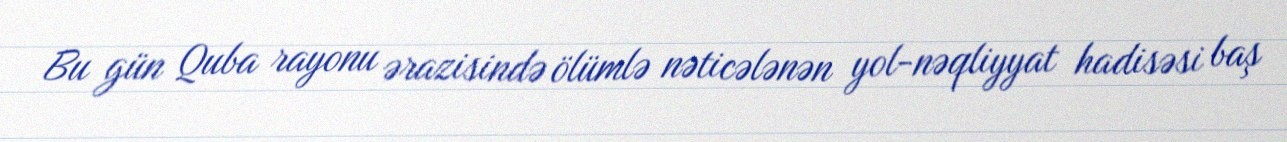
Bu gün Quba rayonu ərazisində ölümlə nəticələnən yol-nəqliyyat hadisəsi baş